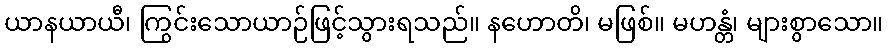
ယာနယာယီ၊ ကြွင်းသောယာဉ်ဖြင့်သွားရသည်။ နဟောတိ၊ မဖြစ်။ မဟန္တံ၊ များစွာသော။